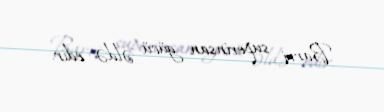
Barri, superinsan gücü əldə edir.